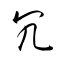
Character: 冗